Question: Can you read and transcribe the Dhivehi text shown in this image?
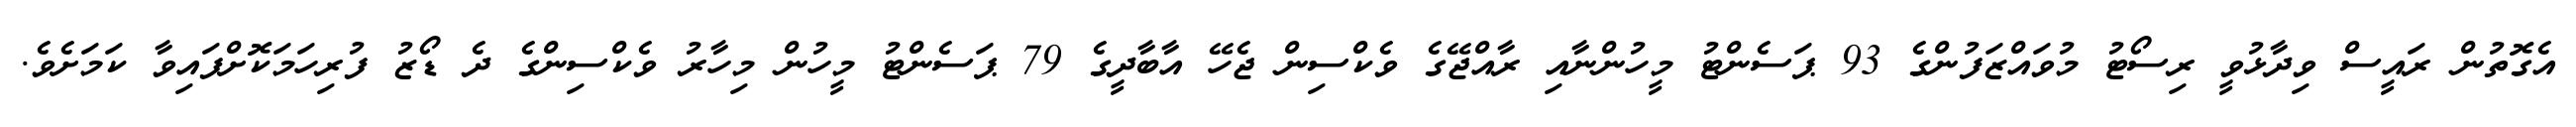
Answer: އެގޮތުން ރައީސް ވިދާޅުވީ ރިސޯޓު މުވައްޒަފުންގެ 93 ޕަސެންޓު މީހުންނާއި ރާއްޖޭގެ ވެކްސިން ޖެހޭ އާބާދީގެ 79 ޕަސެންޓު މީހުން މިހާރު ވެކްސިންގެ ދެ ޑޯޒު ފުރިހަމަކޮށްފައިވާ ކަމަށެވެ.